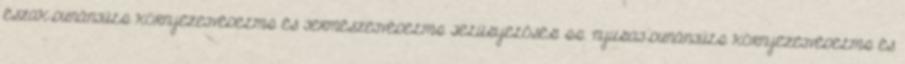
ÉSZAK-DUNÁNTÚLI KÖRNYEZETVÉDELMI ÉS TERMÉSZETVÉDELMI FELÜGYELŐSÉG II. NYUGAT-DUNÁNTÚLI KÖRNYEZETVÉDELMI ÉS